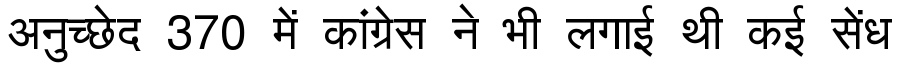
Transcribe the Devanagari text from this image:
अनुच्छेद 370 में कांग्रेस ने भी लगाई थी कई सेंध